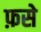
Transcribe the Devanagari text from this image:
फ़से